Plague in India, 1896, 1897 - Volume 1
Year: 1896
Disease focus: Plague
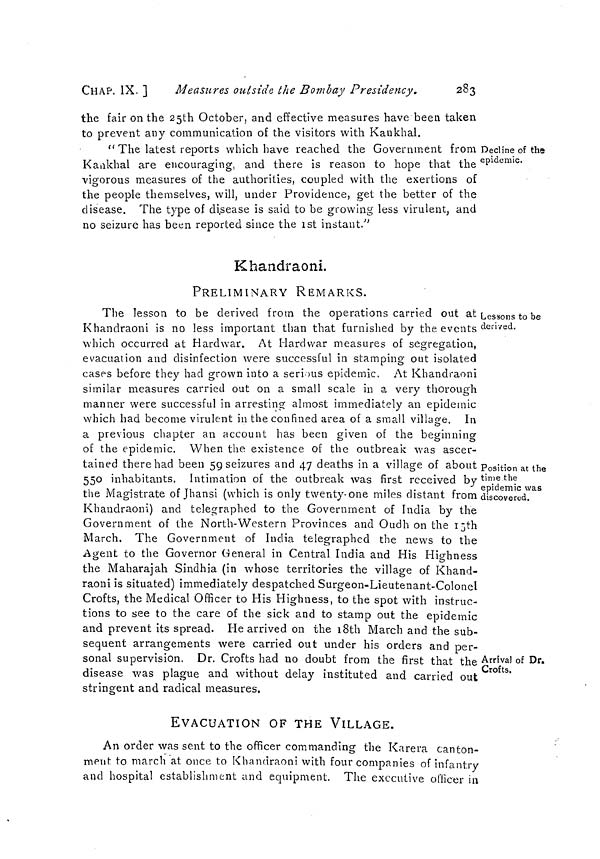
CHAP. IX. ]
Measures outside the Bombay Presidency.
283
the fair on the 25th October, and effective measures have been taken
to prevent any communication of the visitors with Kankhal.
Decline of the
epidemic.
" The latest reports which have reached the Government from :
Kankhal are encouraging, and there is reason to hope that the
vigorous measures of the authorities, coupled with the exertions of
the people themselves, will, under Providence, get the better of the
disease. The type of disease is said to be growing less virulent, and
no seizure has been reported since the 1st instant."
Khandraoni.
PRELIMINARY REMARKS.
Lessons to be
derived.
Position at the
time the
epidemic was
discovered.
Arrival of Dr.
Crofts.
The lesson to be derived from the operations carried out at
Khandraoni is no less important than that furnished by the events
which occurred at Hardwar. At Hardwar measures of segregation,
evacuation and disinfection were successful in stamping out isolated
cases before they had grown into a serious epidemic. At Khandraoni
similar measures carried out on a small scale in a very thorough
manner were successful in arresting almost immediately an epidemic
which had become virulent in the confined area of a small village. In
a previous chapter an account has been given of the beginning
of the epidemic. When the existence of the outbreak was ascer-
tained there had been 59 seizures and 47 deaths in a village of about
550 inhabitants. Intimation of the outbreak was first received by
the Magistrate of Jhansi (which is only twenty-one miles distant from
Khandraoni) and telegraphed to the Government of India by the
Government of the North-Western Provinces and Oudh on the 15th
March. The Government of India telegraphed the news to the
Agent to the Governor General in Central India and His Highness
the Maharajah Sindhia (in whose territories the village of Khand-
raoni is situated) immediately despatched Surgeon-Lieutenant-Colonel
Crofts, the Medical Officer to His Highness, to the spot with instruc-
tions to see to the care of the sick and to stamp out the epidemic
and prevent its spread. He arrived on the 18th March and the sub-
sequent arrangements were carried out under his orders and per-
sonal supervision. Dr. Crofts had no doubt from the first that the
disease, was plague and without delay instituted and carried out
stringent and radical measures.
EVACUATION OF THE VILLAGE.
An order was sent to the officer commanding the Karera canton-
ment to march at once to Khandraoni with four companies of infantry
and hospital establishment and equipment. The executive officer in